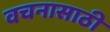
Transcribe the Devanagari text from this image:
वचनासाठी